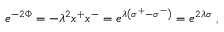
e ^ { - 2 \Phi } = - \lambda ^ { 2 } x ^ { + } x ^ { - } = e ^ { \lambda \left( \sigma ^ { + } - \sigma ^ { - } \right) } = e ^ { 2 \lambda \sigma } \; ,